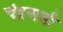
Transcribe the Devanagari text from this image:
चंद्रनाडी